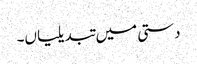
دستی میں تبدیلیاں۔